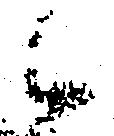
候